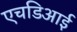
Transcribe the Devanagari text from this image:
एचडिआई